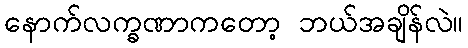
နောက်လက္ခဏာကတော့ ဘယ်အချိန်လဲ။